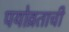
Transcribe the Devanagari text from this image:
पयोव्रताची